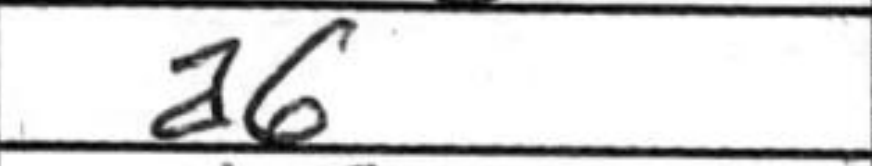
Transcription: a6